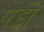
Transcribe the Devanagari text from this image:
पद्दों